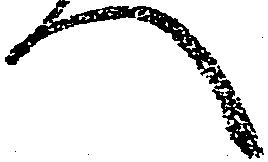
へ